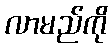
လာမည်ကို